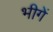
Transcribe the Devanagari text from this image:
भीगें